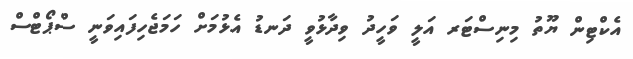
އެކްޓިން ޔޫތު މިނިސްޓަރ އަލީ ވަހީދު ވިދާޅުވީ ދަނޑު އެޅުމަށް ހަމަޖެހިފައިވަނީ ސްޕޯޓްސް